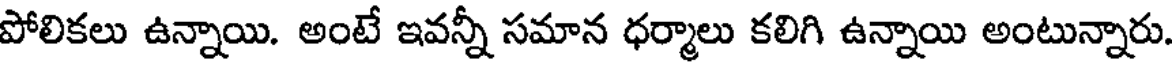
పోలికలు ఉన్నాయి. అంటే ఇవన్నీ సమాన ధర్మాలు కలిగి ఉన్నాయి అంటున్నారు.